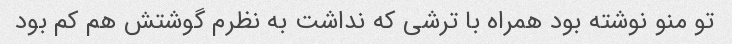
تو منو نوشته بود همراه با ترشی که نداشت به نظرم گوشتش هم کم بود